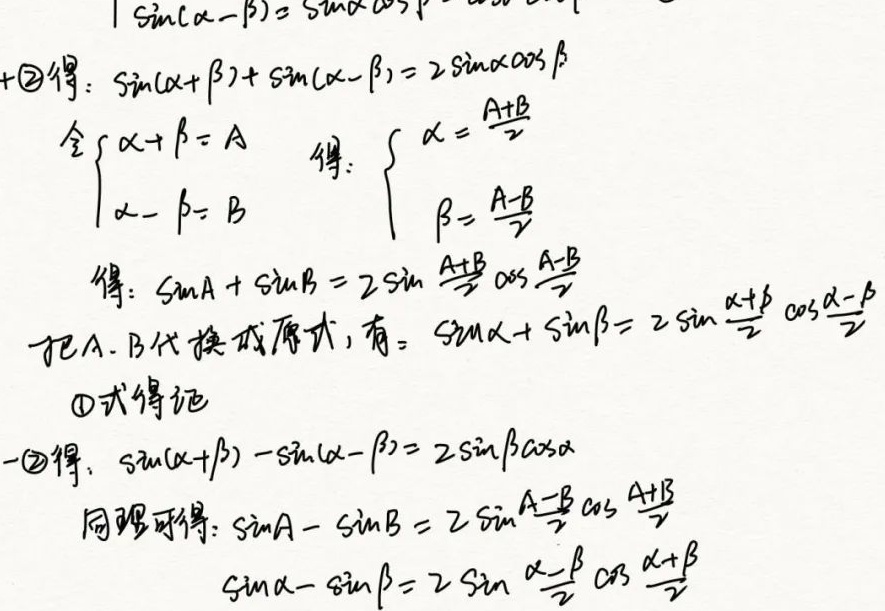
由\(\sin(\alpha - \beta)=\sin\alpha\cos\beta-\cos\alpha\sin\beta\)与另一个式子（这里标记为\(\textcircled{2}\)）相加得：
\(\sin(\alpha+\beta)+\sin(\alpha - \beta)= 2\sin\alpha\cos\beta\)
令\(\begin{cases} \alpha+\beta = A\\\alpha - \beta = B\end{cases}\)，得\(\begin{cases} \alpha=\frac{A + B}{2}\\\beta=\frac{A - B}{2}\end{cases}\)
进而得\(\sin A+\sin B = 2\sin\frac{A + B}{2}\cos\frac{A - B}{2}\)
把\(A\)，\(B\)代换成原式，有\(\sin\alpha+\sin\beta= 2\sin\frac{\alpha+\beta}{2}\cos\frac{\alpha - \beta}{2}\)，\(\textcircled{1}\)式得证。

由\(\sin(\alpha - \beta)=\sin\alpha\cos\beta-\cos\alpha\sin\beta\)与式子\(\textcircled{2}\)相减得：
\(\sin(\alpha+\beta)-\sin(\alpha - \beta)= 2\sin\beta\cos\alpha\)
同理可得\(\sin A-\sin B = 2\sin\frac{A - B}{2}\cos\frac{A + B}{2}\)
即\(\sin\alpha-\sin\beta= 2\sin\frac{\alpha - \beta}{2}\cos\frac{\alpha+\beta}{2}\)